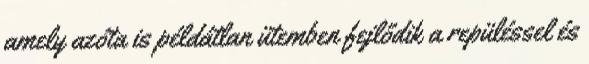
amely azóta is példátlan ütemben fejlődik a repüléssel és